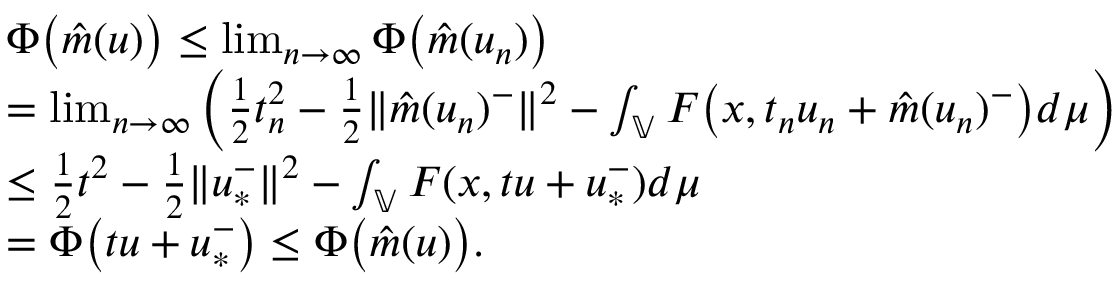
\begin{array} { r l } & { \Phi \big ( \hat { m } ( u ) \big ) \leq \operatorname* { l i m } _ { n \rightarrow \infty } \Phi \big ( \hat { m } ( u _ { n } ) \big ) } \\ & { = \operatorname* { l i m } _ { n \rightarrow \infty } \Big ( \frac { 1 } { 2 } t _ { n } ^ { 2 } - \frac { 1 } { 2 } \| \hat { m } ( u _ { n } ) ^ { - } \| ^ { 2 } - \int _ { \mathbb { V } } F \big ( x , t _ { n } u _ { n } + \hat { m } ( u _ { n } ) ^ { - } \big ) d \mu \Big ) } \\ & { \leq \frac { 1 } { 2 } t ^ { 2 } - \frac { 1 } { 2 } \| u _ { * } ^ { - } \| ^ { 2 } - \int _ { \mathbb { V } } F ( x , t u + u _ { * } ^ { - } ) d \mu } \\ & { = \Phi \big ( t u + u _ { * } ^ { - } \big ) \leq \Phi \big ( \hat { m } ( u ) \big ) . } \end{array}